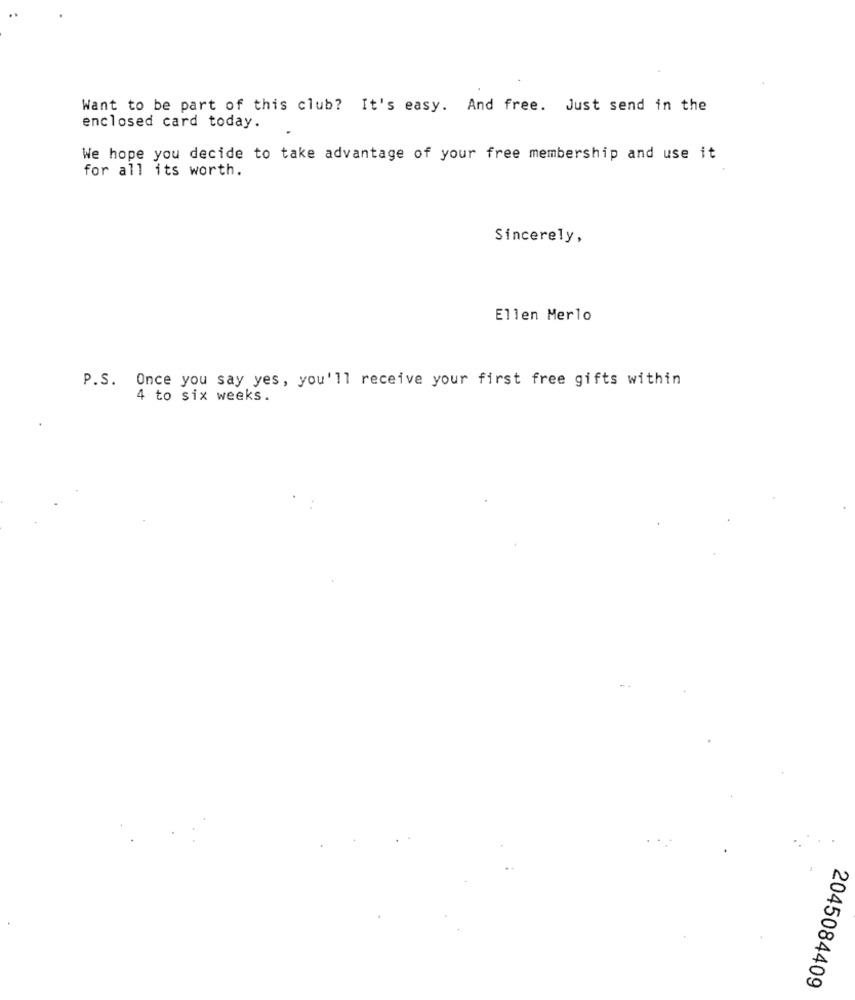
Want to be part of this club? It's easy. And free. Just send in the
enclosed card today.
We hope you decide to take advantage of your free membership and use it
for all its worth.
Sincerely,
Ellen Merlo
P.S. Once you say yes, you'll receive your first free gifts within
4 to six weeks.
2045084409